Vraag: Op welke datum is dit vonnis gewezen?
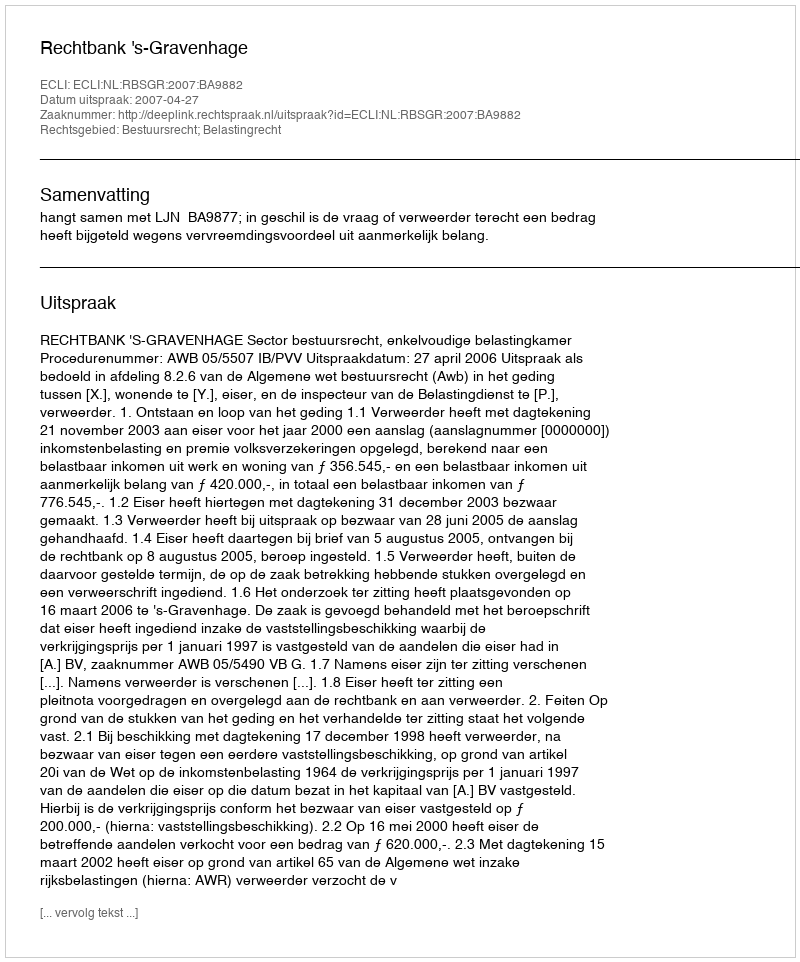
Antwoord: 2007-04-27